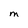
Character: M